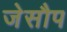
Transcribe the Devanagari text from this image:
जेसौप